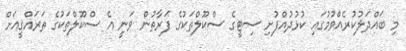
މި ބައްދަލުކުރެއްވުމުގައި ކުޅުދުއްފުށި ސިޓީގެ ސްކޫލްތަކުގެ ފަރާތުން ވަނީ އެ ސްކޫލްތަކުގެ ތަރައްޤީއަށް